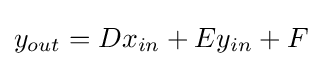
y_{out}=Dx_{in}+Ey_{in}+F